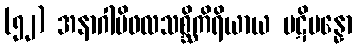
(၅၂) အနာဂါမိဖလသစ္ဆိကိရိယာယ ပဋိပန္နော